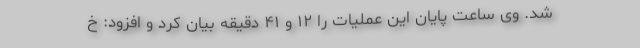
شد. وی ساعت پایان این عملیات را ۱۲ و ۴۱ دقیقه بیان کرد و افزود: خ